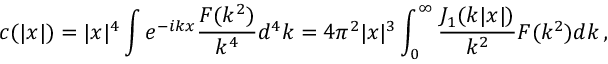
c ( | x | ) = | x | ^ { 4 } \int e ^ { - i k x } \frac { { \cal F } ( k ^ { 2 } ) } { k ^ { 4 } } d ^ { 4 } k = 4 \pi ^ { 2 } | x | ^ { 3 } \int _ { 0 } ^ { \infty } \frac { J _ { 1 } ( k | x | ) } { k ^ { 2 } } { \cal F } ( k ^ { 2 } ) d k \, ,